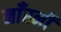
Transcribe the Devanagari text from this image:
माँरनी